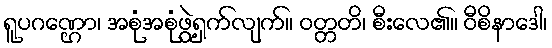
ရူပဂဏ္ဌော၊ အစုံအစုံဖွဲ့ရှက်လျက်။ ဝတ္တတိ၊ စီးလေ၏။ ဝီစိနာဒေါ၊